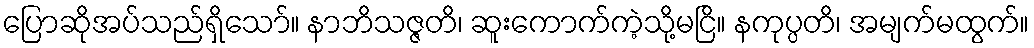
ပြောဆိုအပ်သည်ရှိသော်။ နာဘိသဇ္ဇတိ၊ ဆူးကောက်ကဲ့သို့မငြိ။ နကုပ္ပတိ၊ အမျက်မထွက်။